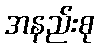
အနည်းစု